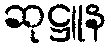
ဆုဋ္ဌူန